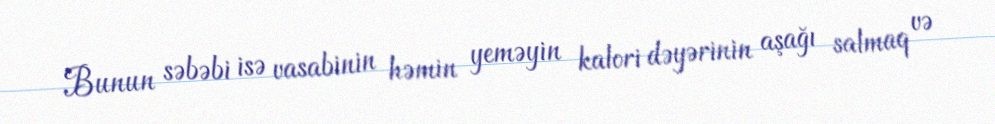
Bunun səbəbi isə vasabinin həmin yeməyin kalori dəyərinin aşağı salmaq və